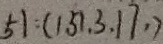
5 1 : ( 1 5 1 , 3 , 1 7 , )